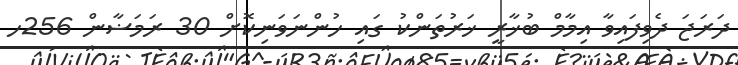
ދަރަޖަ ދެވިފައިވާ އިމާމް ބުޚާރީ ޚަރުތަންކު ގައި ހުންނަވަނިކޮށް 30 ރަމަޟާން 256ހ